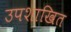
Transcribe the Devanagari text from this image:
उपशाखित